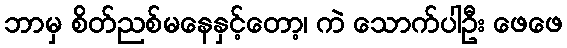
ဘာမှ စိတ်ညစ်မနေနှင့်တော့၊ ကဲ သောက်ပါဦး ဖေဖေ